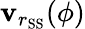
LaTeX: \mathbf{v}_{r_{\mathrm{{SS}}}}(\phi)